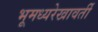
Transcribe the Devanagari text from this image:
भूमध्यरेखावर्ती